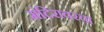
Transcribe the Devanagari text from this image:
मंदिरावरचा